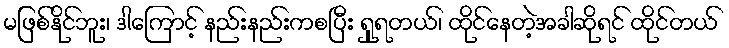
မဖြစ်နိုင်ဘူး၊ ဒါကြောင့် နည်းနည်းကစပြီး ရှုရတယ်၊ ထိုင်နေတဲ့အခါဆိုရင် ထိုင်တယ်